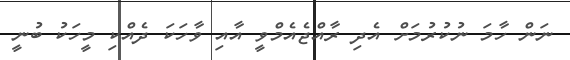
ނަން ހާމަ ނުކުރުމަށް އެދި ރާއްޖެއެމްވީ އާއި ވާހަކަ ދެއްކި މީހަކު ބުނީ